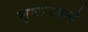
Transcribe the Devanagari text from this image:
मुबारकने